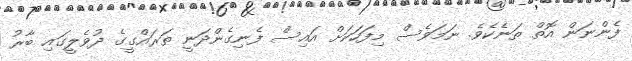
ފެންނަން އޮތް ތަނެކެވެ. ނަމަވެސް މިފަހަކަށް އައިސް ފެނިގެންދަނީ ތަރައްގީގެ ދުވެލީގައި ބާރު